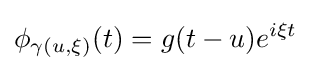
\phi _{\gamma (u,\xi )}(t)=g(t-u)e^{i\xi t}